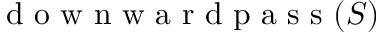
\mathrm { ~ d ~ o ~ w ~ n ~ w ~ a ~ r ~ d ~ p ~ a ~ s ~ s ~ } ( S )